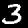
Digit: 3